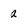
Character: a